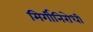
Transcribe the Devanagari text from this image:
मिर्गीनिरोधी